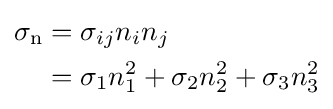
{\begin{aligned}\sigma _{\mathrm {n} }&=\sigma _{ij}n_{i}n_{j}\\&=\sigma _{1}n_{1}^{2}+\sigma _{2}n_{2}^{2}+\sigma _{3}n_{3}^{2}\\\end{aligned}}